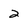
Character: 2